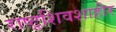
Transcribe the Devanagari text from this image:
राष्ट्रशिवशाहीर